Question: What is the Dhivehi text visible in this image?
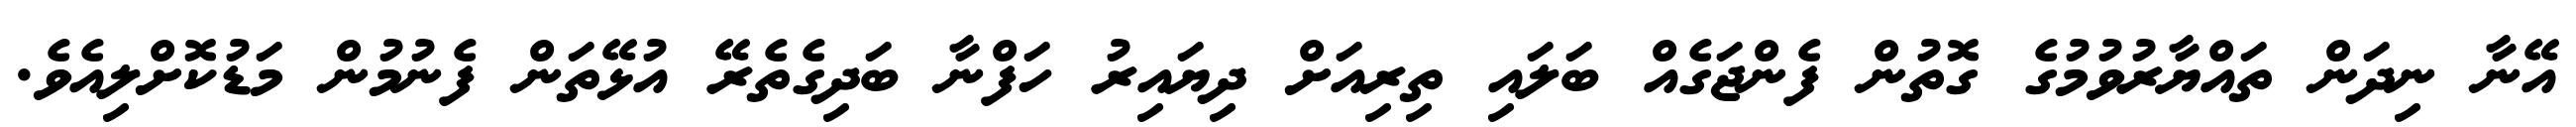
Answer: އޭނާ ނިދަން ތައްޔާރުވުމުގެ ގޮތުން ފެންޖަގެއް ބަލައި ތިރިއަށް ދިޔައިރު ހަފްނާ ބަދިގެތެރޭ އުޅޭތަން ފެނުމުން މަޑުކޮށްލިއެވެ.